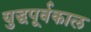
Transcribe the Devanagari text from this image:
युद्धपूर्वकाल